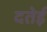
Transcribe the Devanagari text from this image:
दतेई